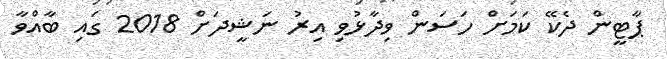
ޕާޓީން ދެކޭ ކަމަށް ހަސަން ވިދާޅުވި އިރު ނަޝީދަށް 2018 ގައި ބާއްވާ